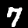
Label: 7